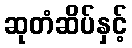
ဆုတံဆိပ်နှင့်